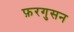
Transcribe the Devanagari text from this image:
फ़रगुसन